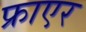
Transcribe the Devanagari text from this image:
फ्राएर